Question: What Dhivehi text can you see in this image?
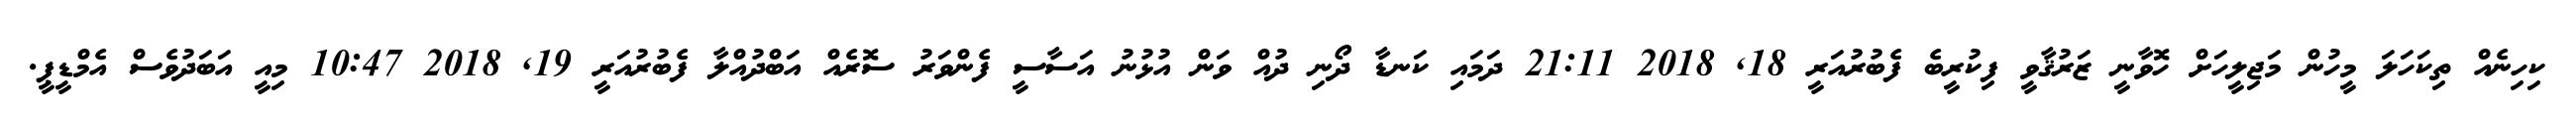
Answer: ކިހިނެއް ތިކަހަލަ މީހުން މަޖިލީހަށް ހޮވާނީ ޒަރުޤާވީ ފިކުރީބެ ފެބުރުއަރީ 18, 2018 21:11 ދަމައި ކަނޑާ ދޯނި ދުއް ވަން އުޅުނު އަސާސީ ފެންވަރު ސޮރެއް އަބްދުއްލާ ފެބުރުއަރީ 19, 2018 10:47 މިއީ އަބަދުވެސް އެމްޑީޕީ.